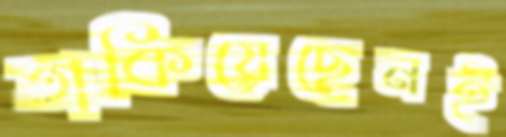
তাকিয়েছেনই